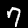
Label: 7